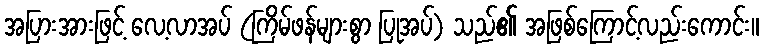
အပြားအားဖြင့် လေ့လာအပ် (ကြိမ်ဖန်များစွာ ပြုအပ်) သည်၏ အဖြစ်ကြောင့်လည်းကောင်း။